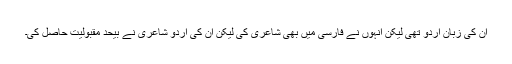
ان کی زبان اردو تھی لیکن انہوں نے فارسی میں بھی شاعری کی لیکن ان کی اردو شاعری نے بیحد مقبولیت حاصل کی۔